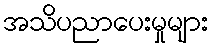
အသိပညာပေးမှုများ